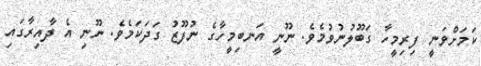
ކަމަށްވަނީ ފިރިމީހާ ގަބޫލުނުވުމެވެ. ނޫނީ އަނބިމީހާގެ ނުފޫޒު ގަދަކަމެވެ. ނޫނި އެ ދާއިރާގައި